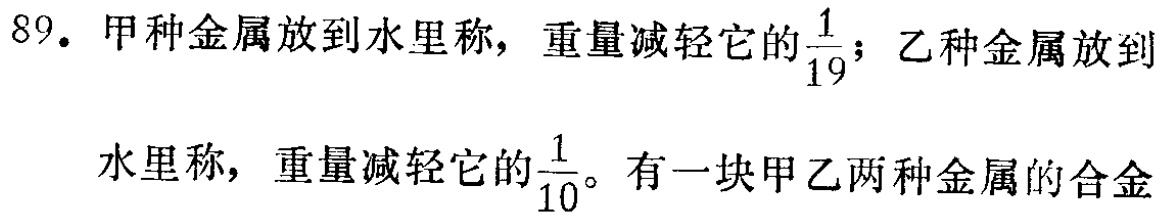
89. 甲种金属放到水里称，重量减轻它的$\frac{1}{19}$；乙种金属放到水里称，重量减轻它的$\frac{1}{10}$。有一块甲乙两种金属的合金